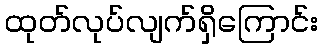
ထုတ်လုပ်လျက်ရှိကြောင်း